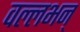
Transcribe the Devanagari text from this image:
वल्लभन्